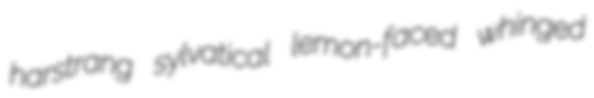
harstrang sylvatical lemon-faced whinged